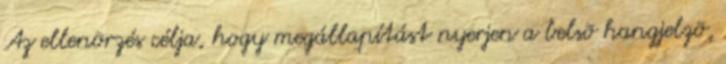
Az ellenõrzés célja, hogy megállapítást nyerjen a belsõ hangjelzõ,